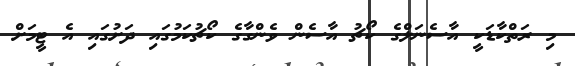
މި ރަތްކާޑަކީ އާސެނަލްގެ ކޯޗު އާސެން ވެންގާގެ ކޯޗުކަމުގައި ދަށުގައި އެ ޓީމަށް